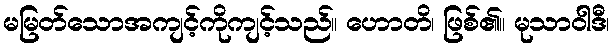
မမြတ်သောအကျင့်ကိုကျင့်သည်။ ဟောတိ၊ ဖြစ်၏။ မုသာဝါဒီ၊